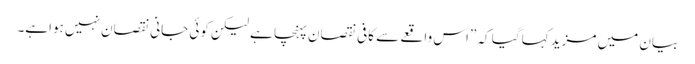
بیان میں مزید کہا گیا کہ ”اس واقعے سے کافی نقصان پہنچا ہے لیکن کوئی جانی نقصان نہیں ہواہے۔